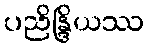
ပညိန္ဒြိယဿ